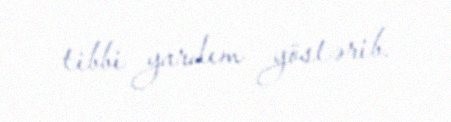
tibbi yardım göstərib.